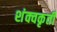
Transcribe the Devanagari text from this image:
शंक्वकृती